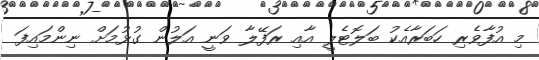
މި އުފާވެރި ހަބަރާއެކު ބަލޮޓެލީ އާއި ރަފޭލާ ވަނީ އަލުން ގުޅުމަށް ނިންމައިފަ